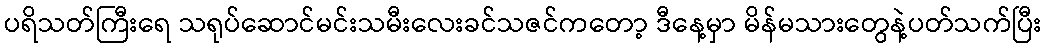
ပရိသတ်ကြီးရေ သရုပ်ဆောင်မင်းသမီးလေးခင်သဇင်ကတော့ ဒီနေ့မှာ မိန်မသားတွေနဲ့ပတ်သက်ပြီး